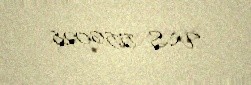
WS 556028